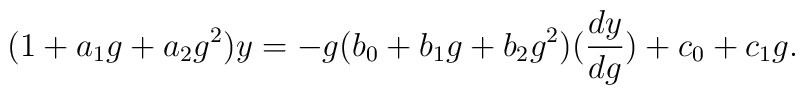
(1+a_1 g+a_2 g^2 )y=-g(b_0 +b_1 g+b_2 g^2 )(\frac{dy}{dg})  + c_0 +c_1 g.